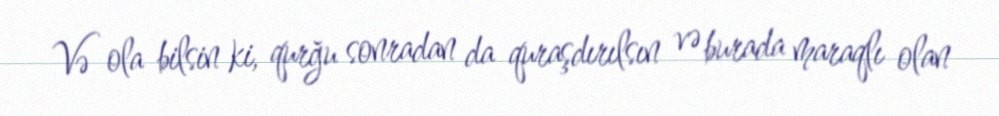
Və ola bilsin ki, qurğu sonradan da quraşdırılsın və burada maraqlı olan